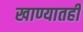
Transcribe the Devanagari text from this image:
खाण्यातही